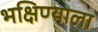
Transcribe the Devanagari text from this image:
भक्षिण्याला